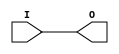
module IBUFG_HSTL_I_DCI (O, I);

    output O;

    input  I;

	buf B1 (O, I);


endmodule